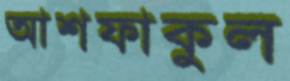
আশফাকুল